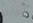
مقابله